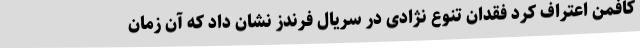
کافمن اعتراف کرد فقدان تنوع نژادی در سریال فرندز نشان داد که آن زمان